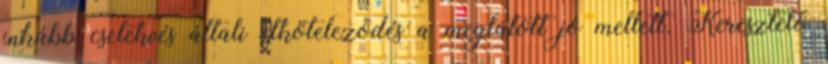
inkább cselekvés általi elköteleződés a meglátott jó mellett. Keresztelő